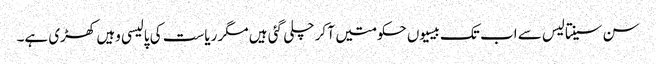
سن سینتالیس سے اب تک بیسیوں حکومتیں آ کر چلی گئی ہیں مگر ریاست کی پالیسی وہیں کھڑی ہے۔